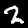
Digit: 2